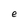
Character: e